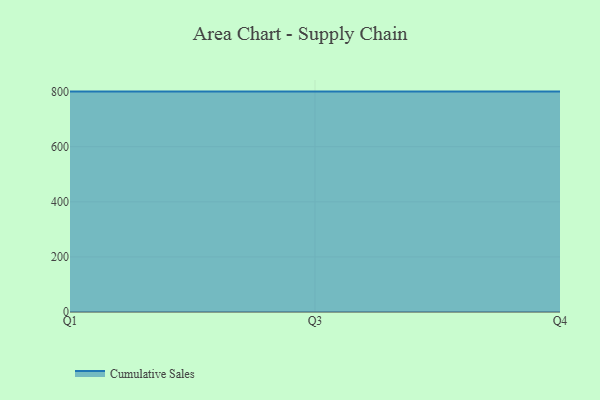
{"axis": {"x": "Quarter", "y": "Page Views"}, "legend": ["Cumulative Sales"], "data": [{"x": "Q1", "y": 800, "type": "Cumulative Sales"}, {"x": "Q3", "y": 800, "type": "Cumulative Sales"}, {"x": "Q4", "y": 800, "type": "Cumulative Sales"}]}